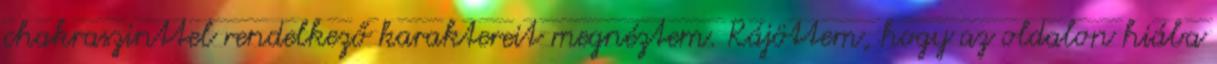
chakraszinttel rendelkező karaktereit megnéztem. Rájöttem, hogy az oldalon hiába